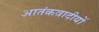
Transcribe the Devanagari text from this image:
आतंकवादीयों